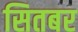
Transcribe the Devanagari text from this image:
सितबर